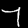
Label: 7